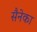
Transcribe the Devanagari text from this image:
सैनेका